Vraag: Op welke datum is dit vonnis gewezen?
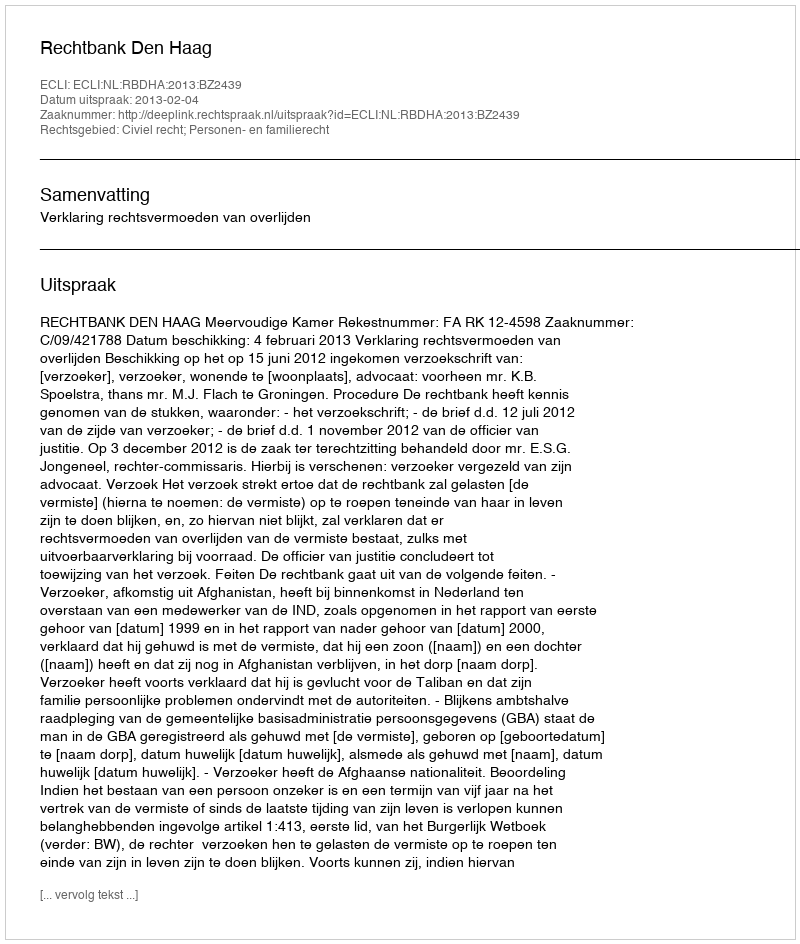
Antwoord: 2013-02-04